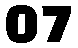
07